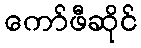
ကော်ဖီဆိုင်